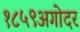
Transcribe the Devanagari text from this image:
१८५९अगोदर